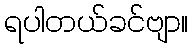
ရပါတယ်ခင်ဗျာ။